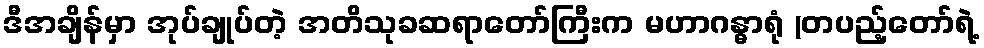
ဒီအချိန်မှာ အုပ်ချုပ်တဲ့ အတိသုခဆရာတော်ကြီးက မဟာဂန္ဓာရုံ (တပည့်တော်ရဲ့